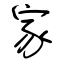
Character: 家